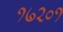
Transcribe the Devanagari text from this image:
१७२०१